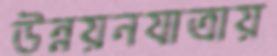
উন্নয়নযাত্রায়